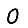
Digit: 0